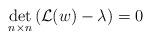
LaTeX: \begin{align*}\det_{n\times n}\left({\cal L}(w)-\lambda\right)=0\end{align*}